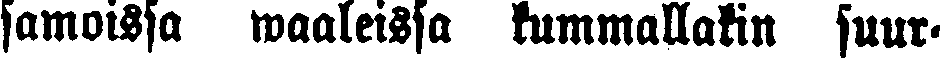
samoissa waaleissa kummallakin suur-